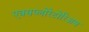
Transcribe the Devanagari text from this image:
एक्सप्लोरेटोरिअम